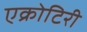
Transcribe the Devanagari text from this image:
एक्रोटिरी